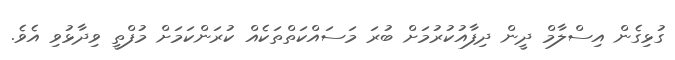
ގުޅިގެން އިސްލާމް ދީން ދިފާއުކުރުމަށް ބުރަ މަސައްކަތްތަކެއް ކުރަންކަމަށް މުފްތީ ވިދާޅުވި އެވެ.